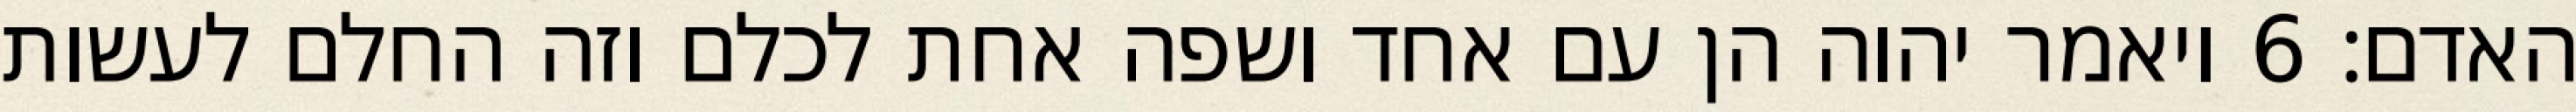
האדם׃ ‎6‏ ויאמר יהוה הן עם אחד ושפה אחת לכלם וזה החלם לעשות